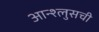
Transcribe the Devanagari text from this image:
आन्श्लुसची